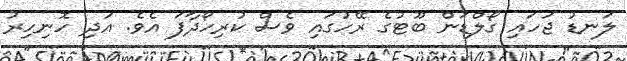
ލަނޑު ޖަހައި ގޯލްޑަން ބޫޓުގެ ރޭހުގައި ވެސް ކުރިހޯދާފަ އެވެ. އަދި ހޮނިހިރު